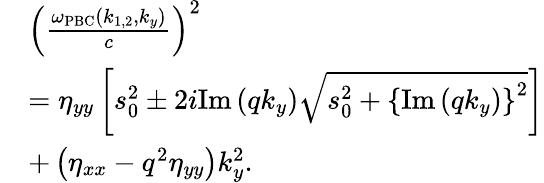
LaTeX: \begin{array}{rl}&{\left(\frac{\omega_{\mathrm{PBC}}\left(k_{1,2},k_{y}\right)}{c}\right)^{2}}\\ &{=\eta_{yy}\left[s_{0}^{2}\pm 2i\mathrm{Im}\left(qk_{y}\right)\sqrt{s_{0}^{2}+\left\{ \mathrm{Im}\left(qk_{y}\right)\right\} ^{2}}\right]}\\ &{+\left(\eta_{xx}-q^{2}\eta_{yy}\right)k_{y}^{2}.}\end{array}